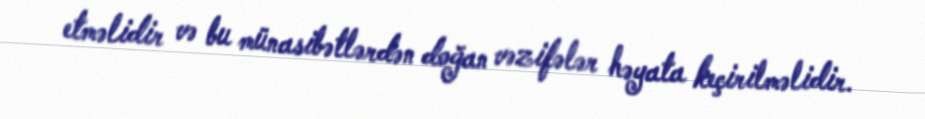
etməlidir və bu münasibətlərdən doğan vəzifələr həyata keçirilməlidir.